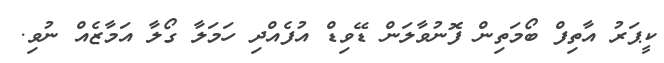
ކީޕަރު އާތިފް ބޯމަތިން ފޮނުވާލަން ޑޭވިޑް އުފެއްދި ހަމަލާ ގޯލާ އަމާޒެއް ނުވި.